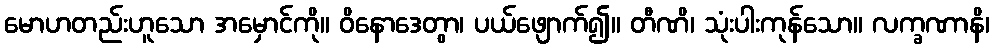
မောဟတည်းဟူသော အမှောင်ကို။ ဝိနောဒေတွာ၊ ပယ်ဖျောက်၍။ တီဏိ၊ သုံးပါးကုန်သော။ လက္ခဏာနိ၊